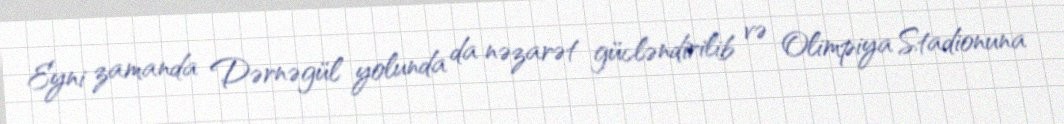
Eyni zamanda Dərnəgül yolunda da nəzarət gücləndirilib və Olimpiya Stadionuna